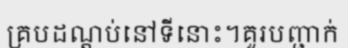
គ្របដណ្តប់នៅទីនោះ។គួរបញ្ជាក់